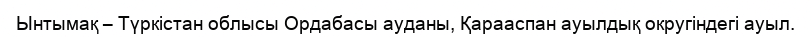
Ынтымақ – Түркістан облысы Ордабасы ауданы, Қарааспан ауылдық округіндегі ауыл.